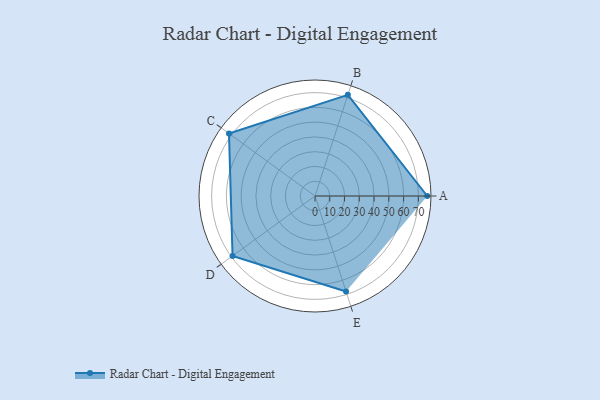
{"axis": {"x": "Skill", "y": "Score"}, "legend": ["Profile"], "data": [{"x": "A", "y": 76.0, "type": "Profile"}, {"x": "B", "y": 72.0, "type": "Profile"}, {"x": "C", "y": 72.0, "type": "Profile"}, {"x": "D", "y": 69.0, "type": "Profile"}, {"x": "E", "y": 68.0, "type": "Profile"}]}